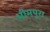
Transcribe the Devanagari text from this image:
भीमपुरा